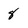
Character: 8